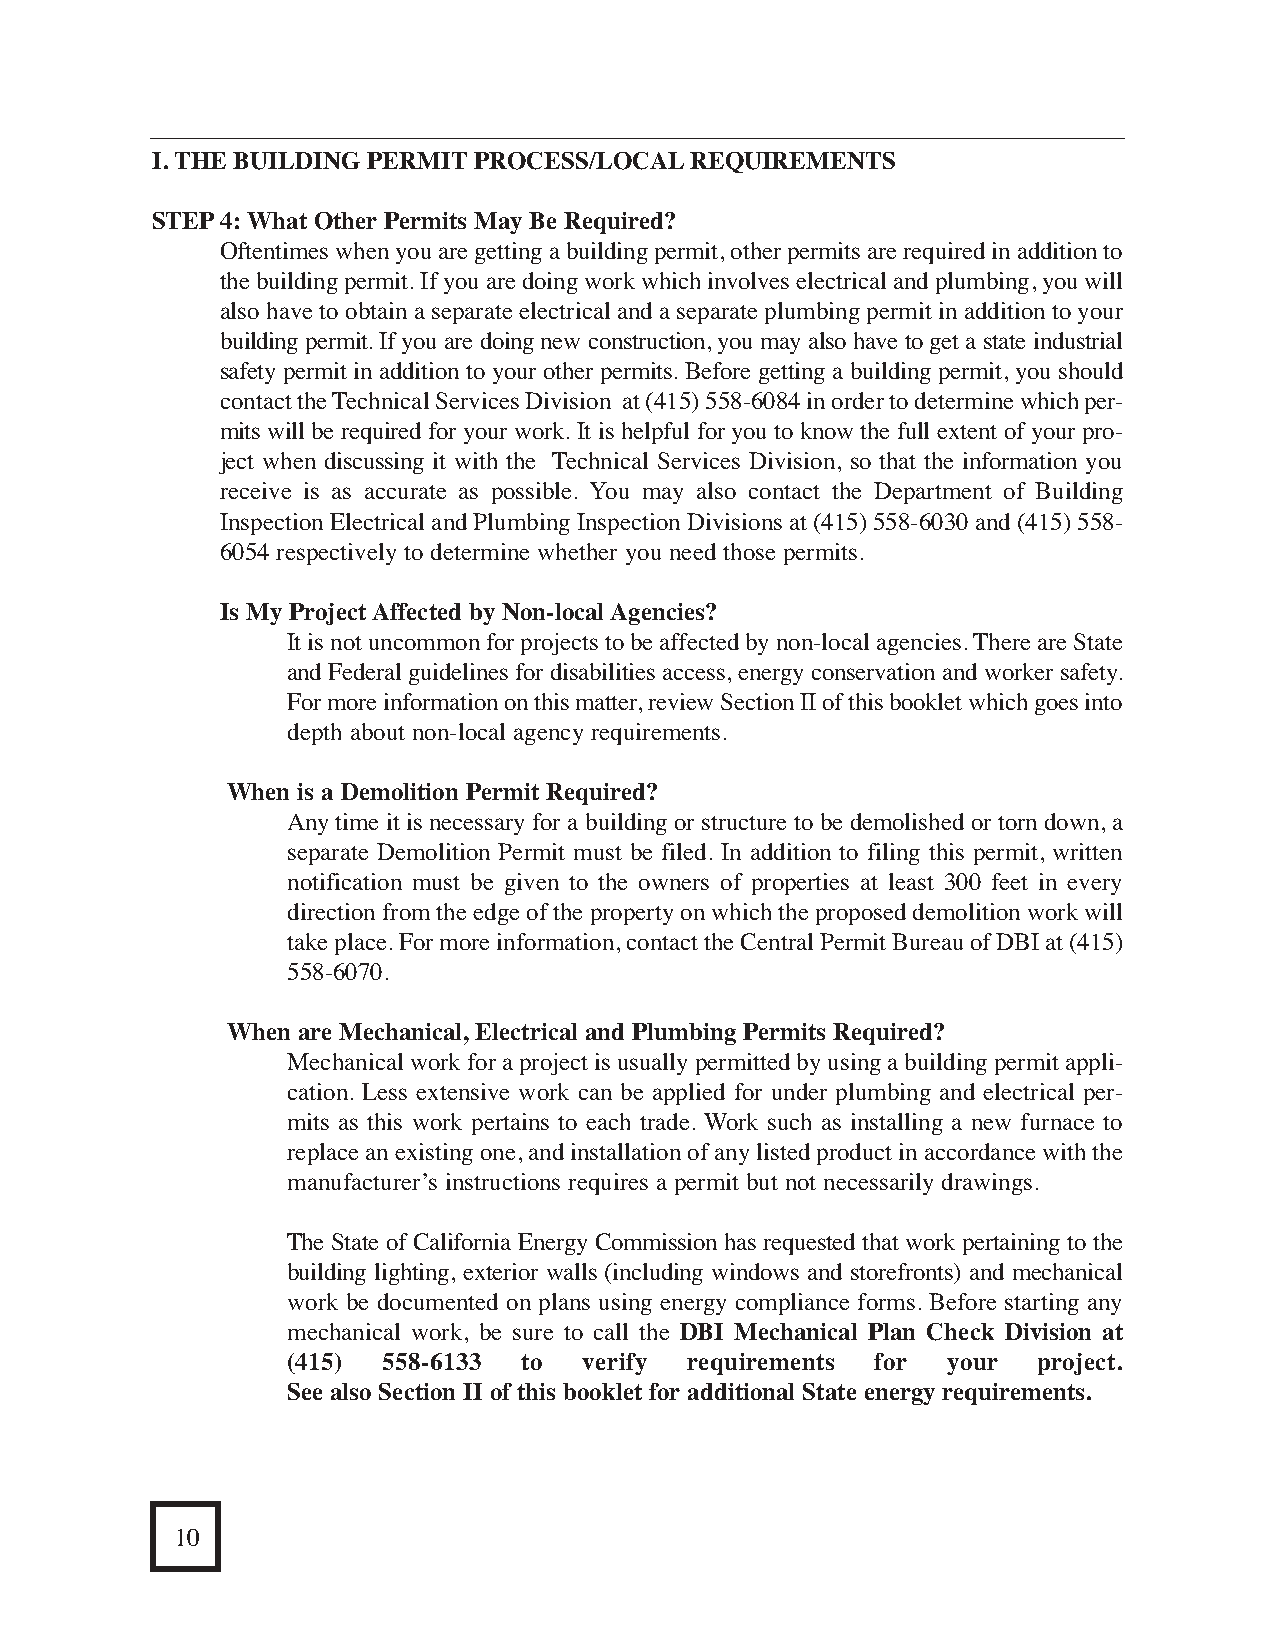
I. THE BUILDING PERMIT PROCESS/LOCALREQUIREMENTS                                    VI. RESOURCE DIRECTORY            Other Related Organizations and Agencies
 STEP4: What Other Permits May Be Required?
 Oftentimes when you are getting a building permit, other permits are required in addition to
 Street Use and Mapping (See Public Works Above)............................................ (415) 554-5800
 the building permit. If you are doing work which involves electrical and plumbing, you will
 also have to obtain a separate electrical and a separate plumbing permit in addition to your
 building permit. If you are doing new construction, you may also have to get a state industrial Tax Collector/Business License Division............................................................ (415) 554 4400
 safety permit in addition to your other permits. Before getting a building permit, you should
 contact the Technical Services Division at (415) 558-6084 in order to determine which per-
 Trees..................................................................................................................... (415) 695-2017
 mits will be required for your work. It is helpful for you to know the full extent of your pro-
 ject when discussing it with the Technical Services Division, so that the information you
 Water Department
 receive is as accurate as possible. You may also contact the Department of Building
 Inspection Electrical and Plumbing Inspection Divisions at (415) 558-6030 and (415) 558- Billing....................................................................................................... (415) 923-2420
 6054 respectively to determine whether you need those permits.                      Emergency Service/General..................................................................... (415) 550-4911
 Is My Project Affected by Non-local Agencies?
 Zoning (See Planning Above).............................................................................. (415) 558-6377
 It is not uncommon for projects to be affected by non-local agencies. There are State
 and Federal guidelines for disabilities access, energy conservation and worker safety.
 For more information on this matter, review Section II of this booklet which goes into
 depth about non-local agency requirements.
 When is a Demolition Permit Required?
 Any time it is necessary for a building or structure to be demolished or torn down, a
 separate Demolition Permit must be filed. In addition to filing this permit, written
 notification must be given to the owners of properties at least 300 feet in every
 direction from the edge of the property on which the proposed demolition work will
 take place. For more information, contact the Central Permit Bureau of DBI at (415)
 558-6070.
 When are Mechanical, Electrical and Plumbing Permits Required?
 Mechanical work for a project is usually permitted by using a building permit appli-
 cation. Less extensive work can be applied for under plumbing and electrical per-
 mits as this work pertains to each trade. Work such as installing a new furnace to
 replace an existing one, and installation of any listed product in accordance with the
 manufacturer’s instructions requires a permit but not necessarily drawings.
 The State of California Energy Commission has requested that work pertaining to the
 building lighting, exterior walls (including windows and storefronts) and mechanical
 work be documented on plans using energy compliance forms. Before starting any
 mechanical work, be sure to call the DBI Mechanical Plan Check Division at
 (415) 558-6133  to  verify requirements for your  project.
 See also Section II of this booklet for additional State energy requirements.
 10                                                                                                                                              39